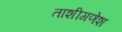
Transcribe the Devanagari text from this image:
ताशीगणेश